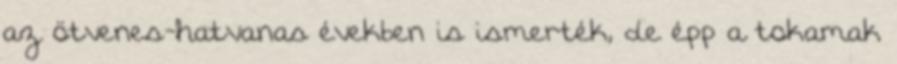
az ötvenes-hatvanas években is ismerték, de épp a tokamak